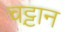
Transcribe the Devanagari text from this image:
चट्ट़ान